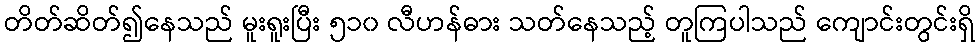
တိတ်ဆိတ်၍နေသည် မူးရူးပြီး ၅၁၀ လီဟန်ဓား သတ်နေသည့် တူကြပါသည် ကျောင်းတွင်းရှိ